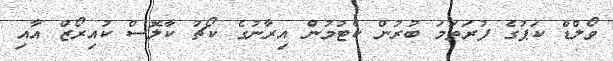
ވޯލްޑް ކަޕުގެ ފުރަތަމަ ބުރުން ކެޓުމުން އިރާނުގެ ކޯޗު ކާލޮސް ކުއިރޯޒް އާއި